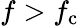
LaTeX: f>f_{\mathrm{c}}